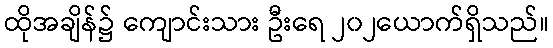
ထိုအချိန်၌ ကျောင်းသား ဦးရေ ၂၀၂ယောက်ရှိသည်။